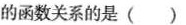
的函数关系的是（ ）